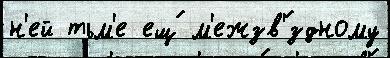
н'ей тьм'е ещ́ м'ежзв'́здному